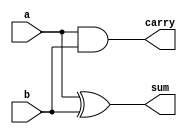
module half(input a,b,output sum,carry);
assign sum=a^b;
assign carry=a&b;
endmodule


module FA(input a,b,cin,output s,c);
wire t1,t2,t3;
half h1(a,b,t1,t2);
half h2(t1,cin,s,t3);
assign c=t3|t2;
endmodule